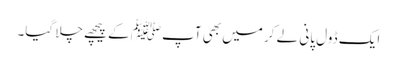
ایک ڈول پانی لے کر میں بھی آپﷺ کے پیچھے چلا گیا۔